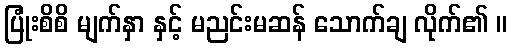
ပြုံးစိစိ မျက်နှာ နှင့် မညင်းမဆန် သောက်ချ လိုက်၏ ။